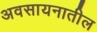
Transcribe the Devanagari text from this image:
अवसायनातील